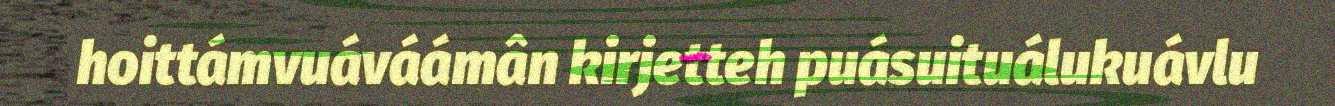
hoittámvuáváámân kirjetteh puásuituálukuávlu